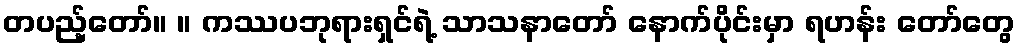
တပည့်တော်။ ။ ကဿပဘုရားရှင်ရဲ့ သာသနာတော် နောက်ပိုင်းမှာ ရဟန်း တော်တွေ